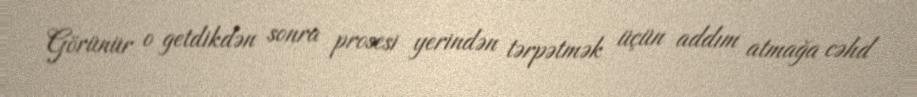
Görünür o getdikdən sonra prosesi yerindən tərpətmək üçün addım atmağa cəhd